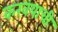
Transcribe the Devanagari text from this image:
करवयाची